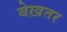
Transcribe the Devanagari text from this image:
बेख़तर